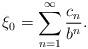
LaTeX: \begin{align*}\xi_0 = \sum_{n=1}^\infty {c_n \over b^n}. \end{align*}